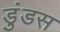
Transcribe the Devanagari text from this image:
डुंडस